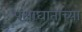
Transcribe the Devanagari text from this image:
पक्षाघाताच्या